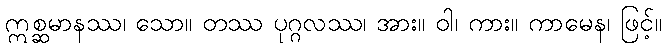
ဣစ္ဆမာနဿ၊ သော။ တဿ ပုဂ္ဂလဿ၊ အား။ ဝါ၊ ကား။ ကာမေန၊ ဖြင့်။